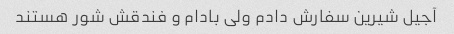
آجیل شیرین سفارش دادم ولی بادام و فندقش شور هستند